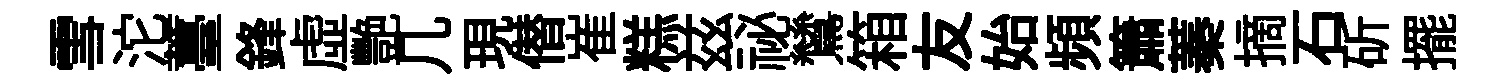
雪沱薹鋒虛艷几現僣崔糕兹祕鷥箱友始頻簫蓁摘石斫擺